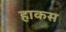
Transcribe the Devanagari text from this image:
हाकस